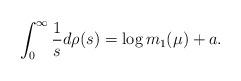
LaTeX: \begin{align*} \int_0^\infty \frac{1}{s}d\rho(s)=\log m_1(\mu)+a. \end{align*}